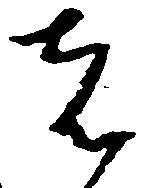
者